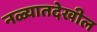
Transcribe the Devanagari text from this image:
नळ्यातदेखील